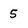
Character: 5